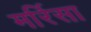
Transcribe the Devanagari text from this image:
मर्रिसा